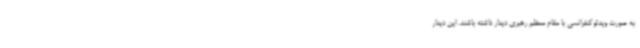
به صورت ویدئوکنفرانسی با مقام معظم رهبری دیدار داشته باشند. این دیدار